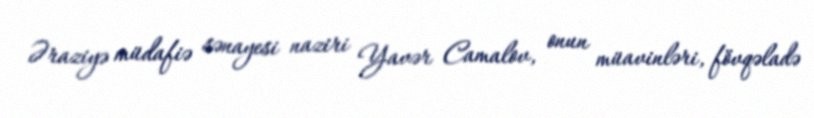
Əraziyə müdafiə sənayesi naziri Yavər Camalov, onun müavinləri, fövqəladə